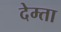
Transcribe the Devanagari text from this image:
देम्ता